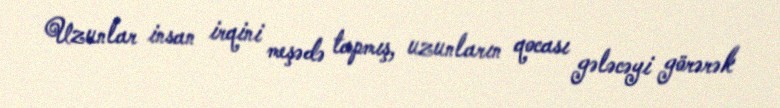
Uzunlar insan irqini meşədə tapmış, uzunların qocası gələcəyi görərək